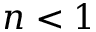
n < 1